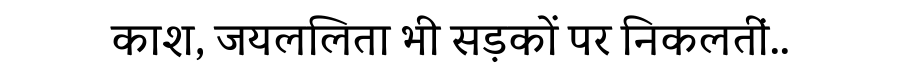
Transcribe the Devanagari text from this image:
काश, जयललिता भी सड़कों पर निकलतीं..